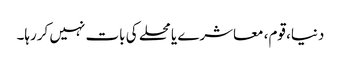
دنیا، قوم، معاشرے یا محلے کی بات نہیں کررہا۔